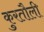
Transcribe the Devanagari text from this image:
कुरतौली